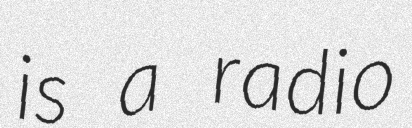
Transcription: is a radio